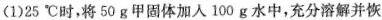
(1)25℃时，将50g甲固体加入100g水中，充分溶解并恢